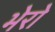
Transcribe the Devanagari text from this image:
भेरो